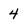
Character: 4